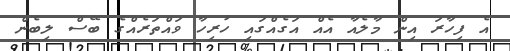
އެ ފިހާރަ އިން މާލެއާ އެއް އަގެއްގައި ހުރިހާ ވައްތަރެއްގެ ބޭސް ލިބެން